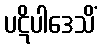
ပဋိပါဒေသိံ